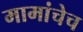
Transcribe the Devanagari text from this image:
मामांचेच